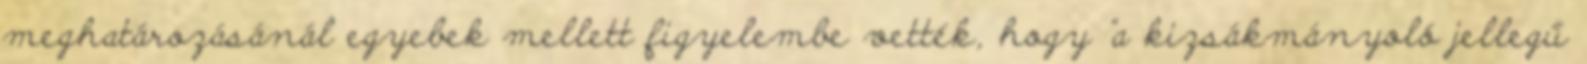
meghatározásánál egyebek mellett figyelembe vették, hogy "a kizsákmányoló jellegű